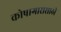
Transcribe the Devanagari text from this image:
कोषागारासाठी